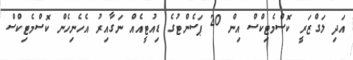
އަދި ލަގްޒަރީ ކޮސްމެޓިކްސް އިން 20 ޕަސެންޓުގެ ޑިއުޓީއެއް ނަގާއިރު އެހެނިހެން ކޮސްމެޓިކްސް